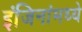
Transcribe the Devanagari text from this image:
इंजिनांमध्ये